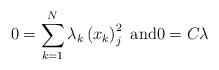
LaTeX: \begin{align*}0=\sum_{k=1}^{N}\lambda_{k}\left( x_{k}\right) _{j}^{2}\text{ and}0=C\lambda\end{align*}